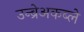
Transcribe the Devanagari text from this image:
उन्ब्रेअकब्ले